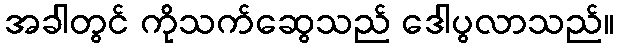
အခါတွင် ကိုသက်ဆွေသည် ဒေါပွလာသည်။